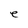
Character: e